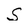
Character: S